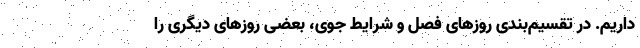
داریم. در تقسیم‌بندی روزهای فصل و شرایط جوی، بعضی روزهای دیگری را